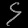
Digit: ၄